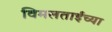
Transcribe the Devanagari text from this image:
विमलताईंच्या